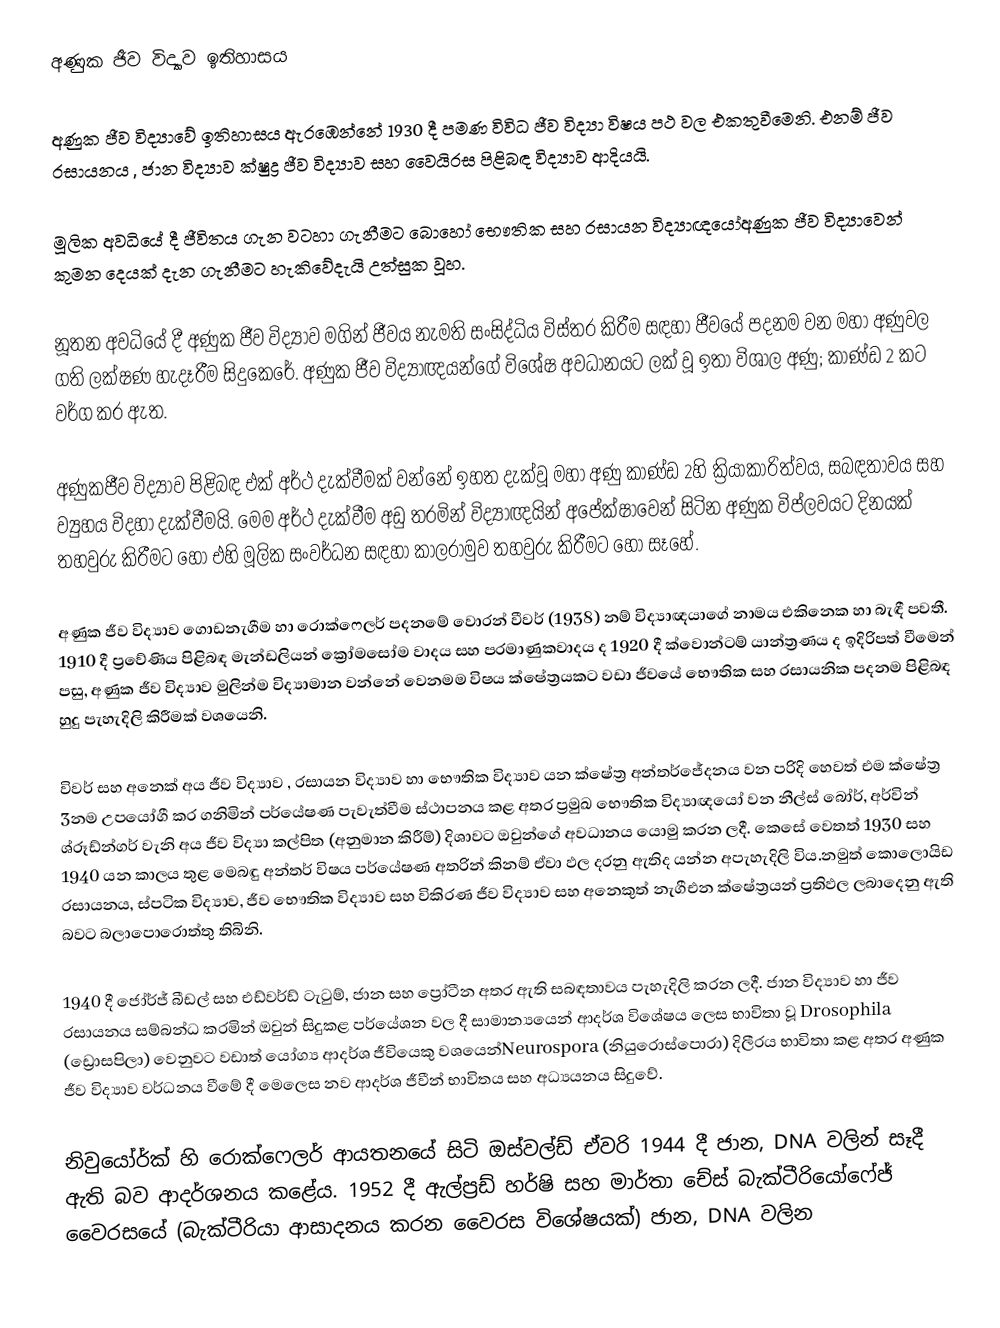
අණුක ජීව විද්‍යාව ඉතිහාසය

අණුක ජීව විද්‍යාවේ ඉතිහාසය ඇරඹෙන්නේ 1930 දී පමණ විවිධ ජීව විද්‍යා විෂය පථ වල   එකතුවීමෙනි. එනම් ජීව රසායනය , ජාන විද්‍යාව ක්ෂුද්‍ර ජීව විද්‍යාව සහ වෛයිරස පිළිබඳ විද්‍යාව ආදියයි.

මූලික අවධියේ දී ජීවිතය ගැන වටහා ගැනීමට බොහෝ භෞතික සහ රසායන විද්‍යාඥයෝඅණුක ජීව විද්‍යාවෙන් කුමන දෙයක් දැන ගැනීමට හැකිවේදැයි උත්සුක වූහ.

නූතන අවධියේ දී අණුක ජීව විද්‍යාව මගින් ජීවය නැමති සංසිද්ධිය විස්තර කිරීම සඳහා ජීවයේ පදනම වන මහා අණුවල ගති ලක්ෂණ  හැදෑරීම සිදුකෙරේ. අණුක ජීව විද්‍යාඥයන්ගේ විශේෂ අවධානයට ලක් වූ ඉතා විශාල අණු; කාණ්ඩ 2 කට වර්ග කර ඇත.

අණුකජීව විද්‍යාව පිළිබඳ එක් අර්ථ දැක්වීමක් වන්නේ ඉහත දැක්වූ මහා අණු කාණ්ඩ 2හි ක්‍රියාකාරිත්වය, සබඳතාවය සහ ව්‍යුහය විදහා දැක්වීමයි. මෙම අර්ථ දැක්වීම අඩු තරමින් විද්‍යාඥයින් අපේක්ෂාවෙන් සිටින අණුක විප්ලවයට දිනයක් තහවුරු කිරීමට හෝ එහි මූලික සංවර්ධන සඳහා කාලරාමුව තහවුරු කිරීමට හෝ සෑහේ.

අණුක ජීව විද්‍යාව ගොඩනැගීම හා රොක්ෆෙලර් පදනමේ වොරන් වීවර් (1938) නම් විද්‍යාඥයාගේ නාමය එකිනෙක හා බැඳී පවතී. 1910 දී ප්‍රවේණිය පිළිබඳ මැන්ඩලියන් ක්‍රෝමසෝම වාදය සහ පරමාණුකවාදය ද 1920 දී ක්වොන්ටම් යාන්ත්‍රණය ද ඉදිරිපත් වීමෙන් පසු, අණුක ජීව විද්‍යාව මුලින්ම විද්‍යාමාන වන්නේ වෙනමම විෂය ක්ෂේත්‍රයකට වඩා ජීවයේ භෞතික සහ රසායනික පදනම පිළිබඳ හුදු පැහැදිලි කිරීමක් වශයෙනි.

විවර් සහ අනෙක් අය ජීව විද්‍යාව , රසායන විද්‍යාව හා භෞතික විද්‍යාව යන ක්ෂේත්‍ර අන්තර්ජේදනය වන පරිදි හෙවත් එම ක්ෂේත්‍ර 3නම උපයෝගී කර ගනිමින් පර්යේෂණ පැවැත්වීම ස්ථාපනය කළ   අතර ප්‍රමුඛ භෞතික විද්‍යාඥයෝ වන නීල්ස් බෝර්, අර්වින් ශ්රූඩ්න්ගර් වැනි අය ජීව විද්‍යා කල්පිත (අනුමාන කිරීම්) දිශාවට ඔවුන්ගේ අවධානය යොමු කරන ලදී. කෙසේ වෙතත් 1930 සහ 1940 යන කාලය තුළ මෙබඳු අන්තර් විෂය පර්යේෂණ අතරින් කිනම් ඒවා ඵල දරනු ඇතිද යන්න අපැහැදිලි විය.නමුත් කොලොයිඩ රසායනය,  ස්පටික විද්‍යාව, ජීව භෞතික විද්‍යාව සහ විකිරණ ජීව විද්‍යාව සහ අනෙකුත් නැගීඑන ක්ෂේත්‍රයන් ප්‍රතිඵල ලබාදෙනු ඇති බවට බලාපොරොත්තු තිබිනි.

1940 දී ජෝර්ජ් බීඩල් සහ එඩ්වර්ඩ් ටැටුම්, ජාන සහ ප්‍රෝටීන අතර ඇති සබඳතාවය පැහැදිලි  කරන ලදී. ජාන විද්‍යාව හා ජීව රසායනය සම්බන්ධ කරමින් ඔවුන් සිදුකළ පර්යේශන වල දී සාමාන්‍යයෙන් ආදර්ශ විශේෂය ලෙස භාවිතා වූ  Drosophila (ඩ්‍රොසපිලා) වෙනුවට වඩාත් යෝග්‍ය ආදර්ශ ජීවියෙකු වශයෙන්Neurospora (නියුරොස්පොරා) දිලීරය භාවිතා කළ අතර අණුක ජීව විද්‍යාව වර්ධනය වීමේ දී මෙලෙස නව ආදර්ශ ජීවීන් භාවිතය සහ අධ්‍යයනය සිදුවේ.

නිවුයෝර්ක් හි රොක්ෆෙලර් ආයතනයේ සිටි ඔස්වල්ඩ් ඒවරි 1944 දී ජාන, DNA වලින් සෑදී ඇති   බව ආදර්ශනය කළේය. 1952 දී ඇල්ප්‍රඩ් හර්ෂි සහ මාර්තා චේස් බැක්ටීරියෝෆේජ් වෛරසයේ (බැක්ටීරියා ආසාදනය කරන වෛරස විශේෂයක්) ජාන, DNA වලින